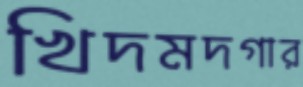
খিদমদগার